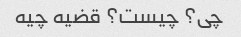
چی؟ چیست؟ قضیه چیه